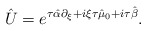
\begin{align*}\hat{U} = e^{\tau\hat{\alpha} \partial_{\xi} + i\xi \tau \hat{\mu}_{0} + i\tau \hat{\beta}}.\end{align*}